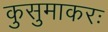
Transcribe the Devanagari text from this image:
कुसुमाकरः